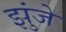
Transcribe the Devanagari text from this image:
झुंजे